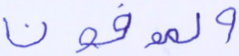
والموفون